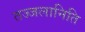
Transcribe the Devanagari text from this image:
तज्जलानिति